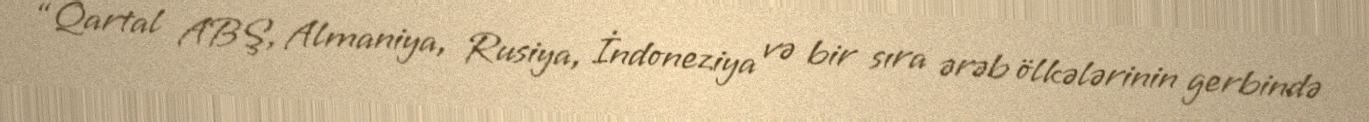
“Qartal ABŞ, Almaniya, Rusiya, İndoneziya və bir sıra ərəb ölkələrinin gerbində